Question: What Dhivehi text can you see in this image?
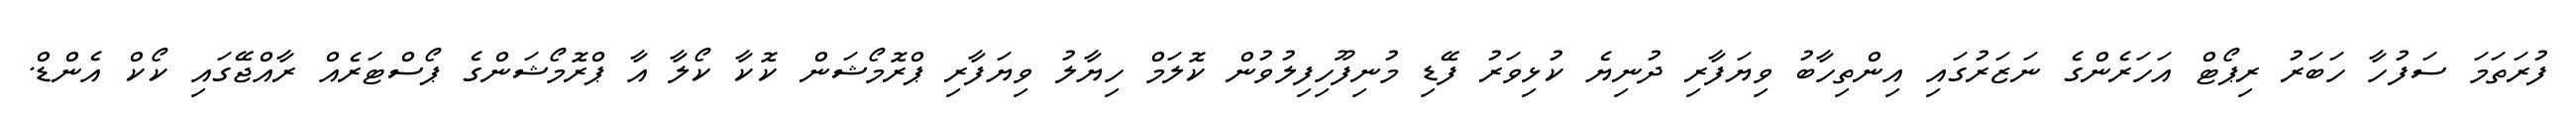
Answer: ފުރަތަމަ ސަފުހާ ހަބަރު ރިޕޯޓް އަހަރެންގެ ނަޒަރުގައި އިންތިހާބު ވިޔަފާރި ދުނިޔެ ކުޅިވަރު ފޭޑި މުނިފޫހިފިލުވުން ކޮލަމް ހިޔާލު ވިޔަފާރި ޕްރޮމޯޝަން ކޮކާ ކޯލާ އާ ޕްރޮމޯޝަންގެ ޕޯސްޓަރެއް ރާއްޖޭގައި ކޯކް އެންޑް.